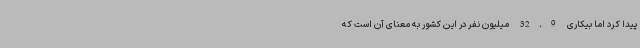
پیدا کرد اما بیکاری 32.9 میلیون نفر در این کشور به معنای آن است که